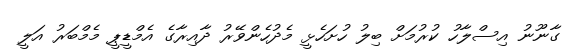
ގާނޫނު އިސްލާހު ކުރުމަށް ބިލު ހުށަހެޅީ މެދުހެންވޭރު ދާއިރާގެ އެމްޑީޕީ މެމްބަރު އަލީ